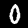
Label: 0